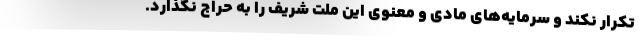
تکرار نکند و سرمایه‌های مادی و معنوی این ملت شریف را به حراج نگذارد.